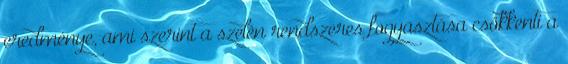
eredménye, ami szerint a szelén rendszeres fogyasztása csökkenti a